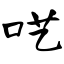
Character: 呓